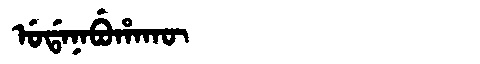
Manchu: ᡠᡩᠠᠨᠠᠪᡠᡥᠠᡴᡡ
Romanization: UDANABUHAKŪ